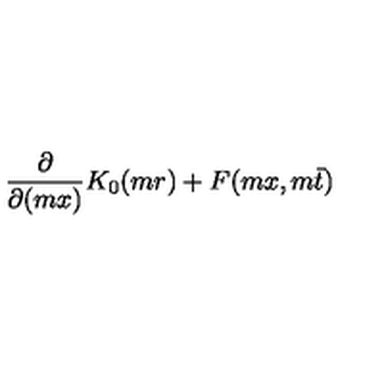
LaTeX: \frac { \partial } { \partial ( m x ) } K _ { 0 } ( m r ) + F ( m x , m \bar { t } )